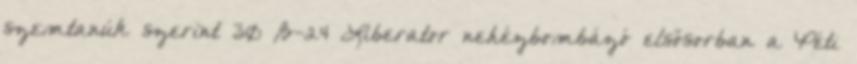
szemtanúk szerint 30 B-24 Liberator nehézbombázó elsősorban a Péti